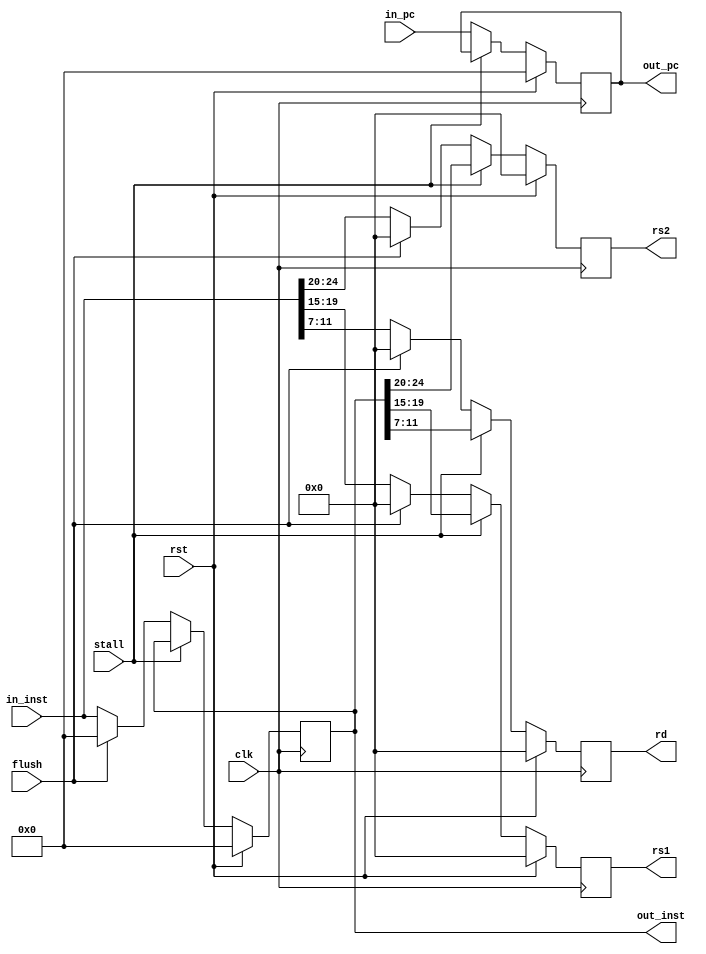
`timescale 1ns / 1ps
//////////////////////////////////////////////////////////////////////////////////
// Company:
// Engineer:
//
// Design Name:
// Module Name: IF_ID
// Project Name:
// Target Devices:
// Tool Versions:
// Description:
//
// Dependencies:
//
// Revision:
// Revision 0.01 - File Created
// Additional Comments:
//
//////////////////////////////////////////////////////////////////////////////////


module IF_ID(
           input clk,
           input rst,
           input flush,
           input stall,
           input [31:0] in_inst,
           input [31:0] in_pc,
           output reg [31:0] out_inst,
           output reg [4 :0] rs2,
           output reg [4 :0] rs1,
           output reg [4 :0] rd,
           output reg [31:0] out_pc
       );
always @(posedge clk) begin
    if (rst) begin
        out_inst <= 0;
        rs2      <= 0;
        rs1      <= 0;
        rd       <= 0;
        out_pc   <= 0;
    end
    else begin
        out_inst <= stall ? out_inst     : 
                    flush ? 32'h00000000 : 
                    in_inst;
        // split the instruction
        rs2      <= stall ? out_inst[24:20] : 
                    flush ? 5'b00000        :
                    in_inst[24:20];
        rs1      <= stall ? out_inst[19:15] : 
                    flush ? 5'b00000        :
                    in_inst[19:15];
        rd       <= stall ? out_inst[11:7] : 
                    flush ? 5'b00000       : 
                    in_inst[11:7];
        out_pc   <= stall ? out_pc : in_pc;
    end
end
endmodule